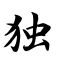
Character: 独